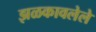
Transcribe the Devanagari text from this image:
झळकावलेले